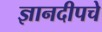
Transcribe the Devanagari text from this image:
ज्ञानदीपचे